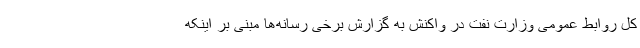
کل روابط عمومی وزارت نفت در واکنش به گزارش برخی رسانه‌ها مبنی بر اینکه